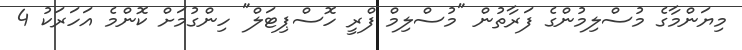
މިޔަންމާގެ މުސްލިމުންގެ ފަރާތުން "މުސްލިމް ފްރީ ހޮސްޕިޓަލް" ހިންގުމަށް ކޮންމެ އަހަރަކު 4